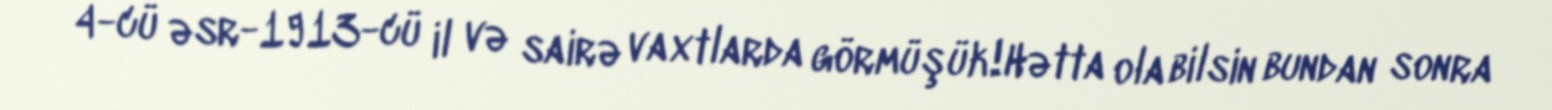
4-cü əsr-1913-cü il və sairə vaxtlarda görmüşük!Hətta ola bilsin bundan sonra